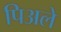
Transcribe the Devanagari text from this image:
पिअले